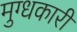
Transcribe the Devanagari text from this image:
मुग्धकारी